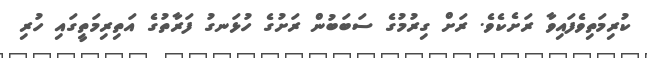
ކުރިމަތިވެފައިވާ ރަށެކެވެ. ރަށް ގިރުމުގެ ސަބަބުން ރަށުގެ ހުޅަނގު ފަރާތުގެ އަތިރިމަތީގައި ހުރި